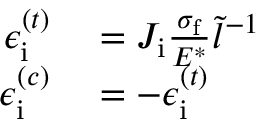
\begin{array} { r l } { \epsilon _ { \mathrm { i } } ^ { ( t ) } } & { { } = J _ { \mathrm { i } } \frac { \sigma _ { \mathrm { f } } } { E ^ { * } } \tilde { l } ^ { - 1 } } \\ { \epsilon _ { \mathrm { i } } ^ { ( c ) } } & { { } = - \epsilon _ { \mathrm { i } } ^ { ( t ) } } \end{array}